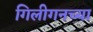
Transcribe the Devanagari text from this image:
गिलीगनच्या